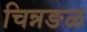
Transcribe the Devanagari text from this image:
चिन्नङळ